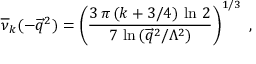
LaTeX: \overline { { { \nu } } } _ { k } ( - \overrightarrow { q } ^ { 2 } ) = \left( \frac { 3 \, \pi \, ( k + 3 / 4 ) \, \ln \, 2 } { 7 \, \ln \, ( \overrightarrow { q } ^ { 2 } / \Lambda ^ { 2 } ) } \right) ^ { 1 / 3 } \, \, ,